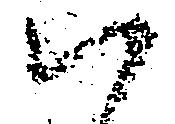
ハ